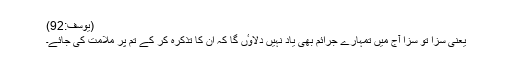
(یوسف:92)
یعنی سزا تو سزا آج میں تمہارے جرائم بھی یاد نہیں دِلاوٴں گا کہ اُن کا تذکرہ کر کے تم پر ملامت کی جائے۔